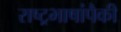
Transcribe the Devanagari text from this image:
राष्ट्रभाषांपैकी